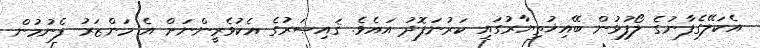
އެކަލޭގެފާނުގެ ލޯފުޅުން ބޭއިޚުތިޔާރުގައި ކަރުނަފޮދު އައެވެ. ޤައިޞަރުގެ އެކުވެރީންނަށް އެ މަންޒަރު ފެނުމުން